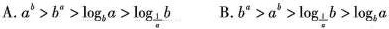
A.$$a ^ { b } > b ^ { a }> \log _ { b } a > \log _{ \frac { 1 } { a } } b$$ B. $$b ^ { a } > a ^ { 5 } > \log _ { \frac { 1 } { a } } b > \log _ { b } a$$